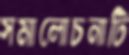
সমালোচনাটি